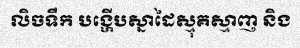
លិចទឹក បង្ហើបស្នាដៃស្មុគស្មាញ និង